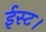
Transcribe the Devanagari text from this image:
ईस्ट।